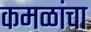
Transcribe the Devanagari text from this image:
कमळांचा